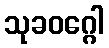
သုခဝဂ္ဂေါ